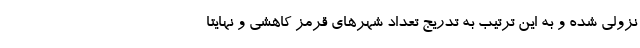
نزولی شده و به این ترتیب به تدریج تعداد شهرهای قرمز کاهشی و نهایتا